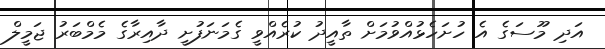
އަދި މޫސަގެ އެ ހުށަހެޅުއްވުމަށް ތާއީދު ކުރެއްވީ ގެމަނަފުށީ ދާއިރާގެ މެމްބަރު ޖަމީލް